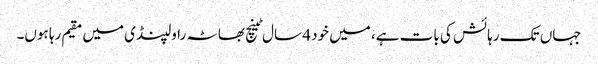
جہاں تک رہائش کی بات ہے، میں خود 4 سال ٹینچ بھاٹہ راولپنڈی میں مقیم رہا ہوں۔